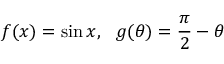
f ( x ) = \sin x , \ \ g ( \theta ) = { \frac { \pi } { 2 } } - \theta